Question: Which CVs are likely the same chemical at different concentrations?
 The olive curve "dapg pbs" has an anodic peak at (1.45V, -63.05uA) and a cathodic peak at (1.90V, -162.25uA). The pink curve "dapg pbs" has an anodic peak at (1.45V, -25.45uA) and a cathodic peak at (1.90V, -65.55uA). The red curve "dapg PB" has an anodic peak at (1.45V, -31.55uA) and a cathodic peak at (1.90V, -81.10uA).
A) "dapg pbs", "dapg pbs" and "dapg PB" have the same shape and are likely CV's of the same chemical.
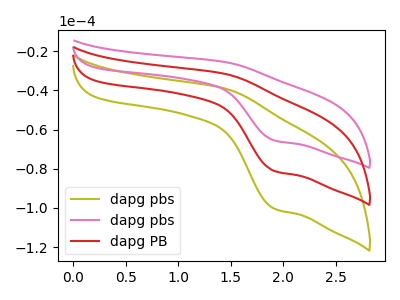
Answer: <think>All the peaks in "dapg pbs" have a peak in "dapg pbs" at the same potential. All the peaks in "dapg pbs" have a peak in "dapg PB" at the same potential. All the peaks in "dapg pbs" have a peak in "dapg PB" at the same potential.
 </think>
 <answer>A) "dapg pbs", "dapg pbs" and "dapg PB" have the same shape and are likely CV's of the same chemical.</answer>
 <eval>A</eval>